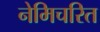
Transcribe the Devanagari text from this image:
नेमिचरित